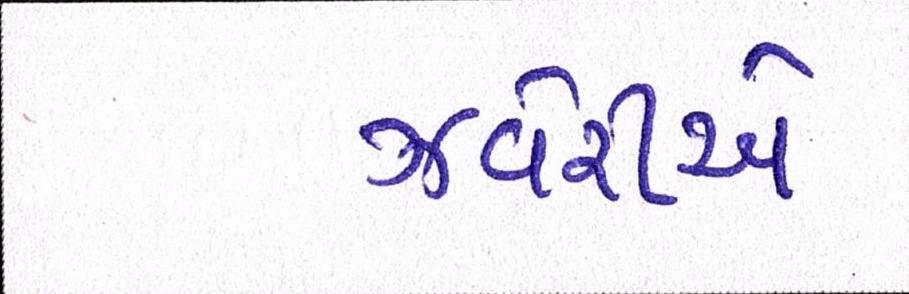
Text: ઝવેરીએ